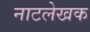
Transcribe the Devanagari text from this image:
नाटलेखक